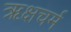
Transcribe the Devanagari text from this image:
ऋक्षचर्म